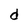
Character: d